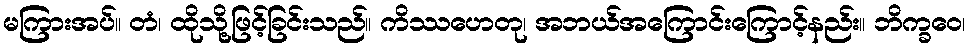
မကြားအပ်။ တံ၊ ထိုသို့ဖြင့်ခြင်းသည်။ ကိဿဟေတု၊ အဘယ်အကြောင်းကြောင့်နည်း။ ဘိက္ခဝေ၊